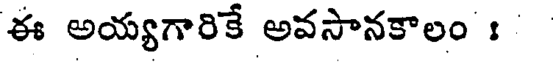
ఈ అయ్యగారికే అవసానకాలం :